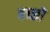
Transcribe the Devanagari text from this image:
बच्छो